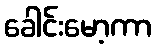
ခေါင်းမော့ကာ